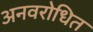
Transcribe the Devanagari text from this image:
अनवरोधित